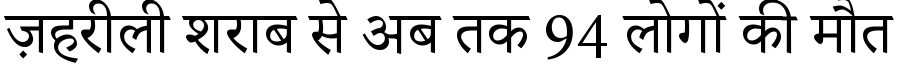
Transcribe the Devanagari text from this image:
ज़हरीली शराब से अब तक 94 लोगों की मौत